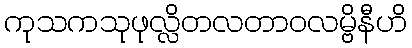
ကုသကသုဖုလ္လိတလတာဝလမ္ဗိနီဟိ